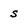
Character: s